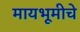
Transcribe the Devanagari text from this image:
मायभूमीचे